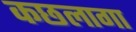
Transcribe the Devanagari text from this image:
कछलागा